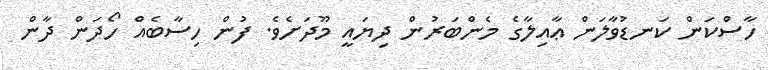
ހާސްކަން ކަނޑުވާލަން ޢާއިލާގެ މެންބަރުން ދިޔައީ މޫދަށެވެ. ފުން ހިސާބެއް ހޯދަން ދާން